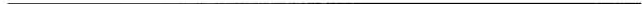
___